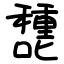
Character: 㘒